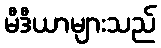
မီဒီယာများသည်